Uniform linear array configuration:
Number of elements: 12
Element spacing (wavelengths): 1
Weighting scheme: exponential
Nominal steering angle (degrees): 30
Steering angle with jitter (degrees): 29.596
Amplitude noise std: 0.05
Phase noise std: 0.05

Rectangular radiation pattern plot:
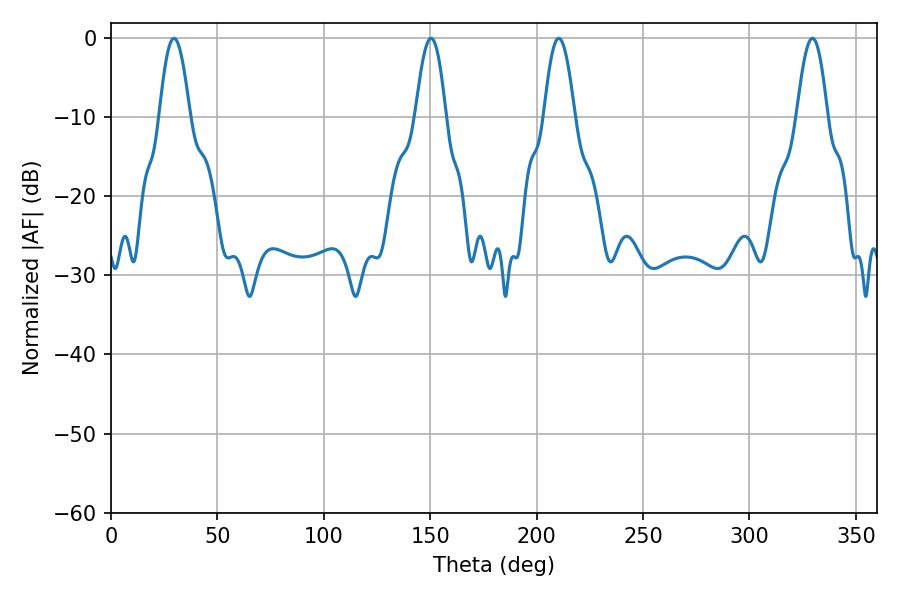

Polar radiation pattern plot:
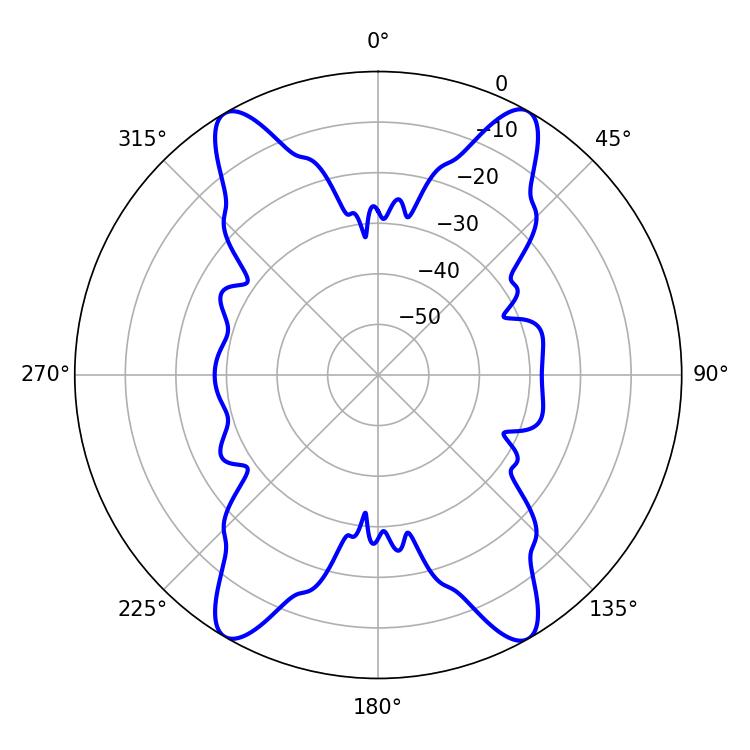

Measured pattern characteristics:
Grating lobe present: TRUE
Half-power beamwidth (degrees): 7.74
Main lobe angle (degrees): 210.42